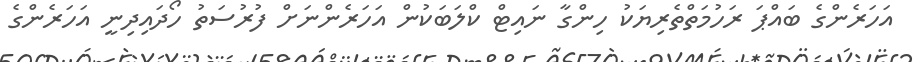
އަހަރެންގެ ބައްޕަ ރަހުމަތްތެރިޔަކު ހިންގާ ނައިޓް ކްލަބަކުން އަހަރެންނަށް ފުރުސަތު ހޯދައިދިނީ އަހަރެންގެ